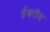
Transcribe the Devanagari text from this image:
ईश्वरींय